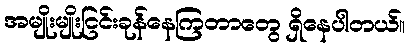
အမျိုးမျိုးငြင်းခုန်နေကြတာတွေ ရှိနေပါတယ်။